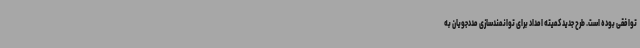
توافقی بوده است. طرح جدید کمیته امداد برای توانمندسازی مددجویان به